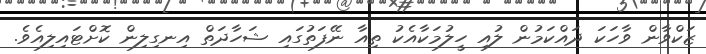
ޒަކްވާން ވާހަކަ ދައްކަމުން ލުއި ހީލުމަކާއެކު ތިއާ ނޭފަތުގައި ޝަހާދަތް އިނގިލިން ކޮށްޓައިލިއެވެ.